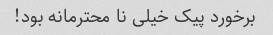
برخورد پیک خیلی نا محترمانه بود!